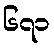
၆၇၁